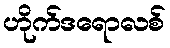
ဟိုက်ဒရောလစ်